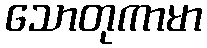
သောတုကာမာ